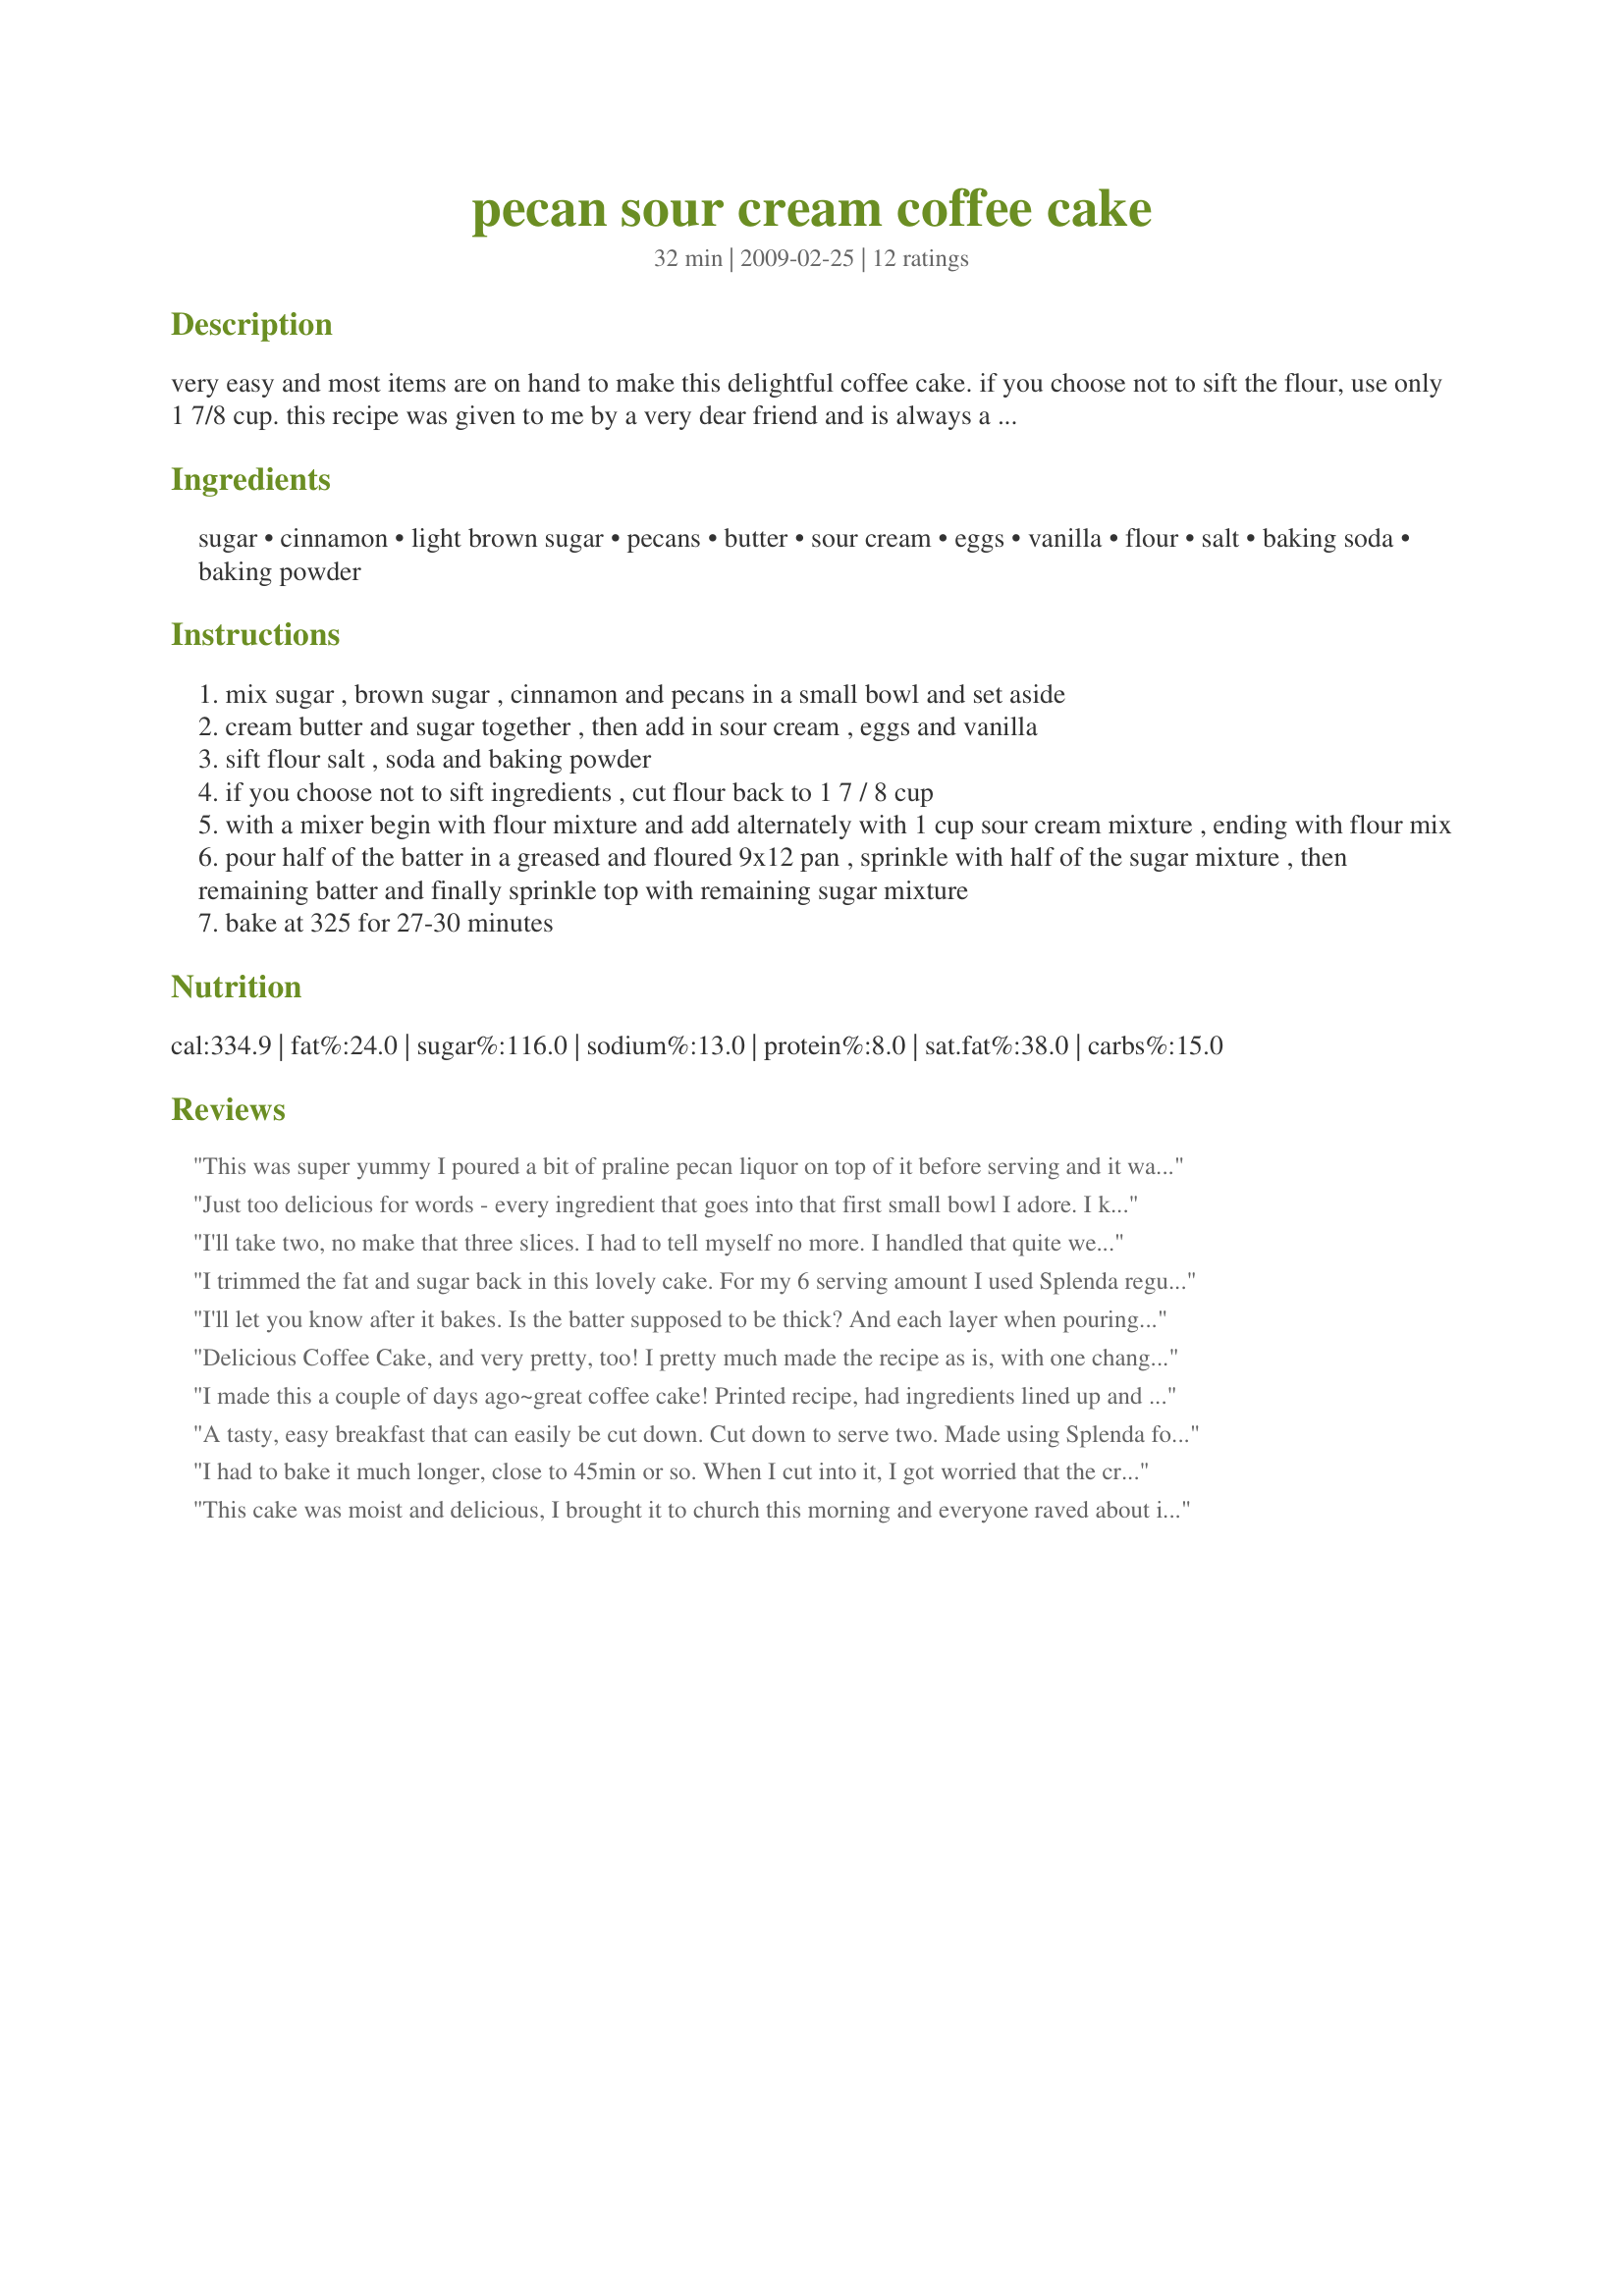
pecan sour cream coffee cake
Preparation time: 32 minutes

very easy and most items are on hand to make this delightful coffee cake. if you choose not to sift the flour, use only 1 7/8 cup. this recipe was given to me by a very dear friend and is always a big hit when shared.

Ingredients:
sugar, cinnamon, light brown sugar, pecans, butter, sour cream, eggs, vanilla, flour, salt, baking soda, baking powder

Steps:
mix sugar , brown sugar , cinnamon and pecans in a small bowl and set aside
cream butter and sugar together , then add in sour cream , eggs and vanilla
sift flour salt , soda and baking powder
if you choose not to sift ingredients , cut flour back to 1 7 / 8 cup
with a mixer begin with flour mixture and add alternately with 1 cup sour cream mixture , ending with flour mix
pour half of the batter in a greased and floured 9x12 pan , sprinkle with half of the sugar mixture , then remaining batter and finally sprinkle top with remaining sugar mixture
bake at 325 for 27-30 minutes

Reviews:
This was super yummy I poured a bit of praline pecan liquor on top of it before serving and it was amazing with or without the liquor. Super yummy :D
Just too delicious for words - every ingredient that goes into that first small bowl I adore. I kept to the recipe and the result is glorious !!
I'll take two, no make that three slices. I had to tell myself no more. I handled that quite well, right? Made for Best of 2010.
I trimmed the fat and sugar back in this lovely cake. For my 6 serving amount I used Splenda regular and 1 Tbsp of Splenda Brown for the topping mix with 1/4 cup of ground pecans. For the cake I used 2 Tbsp of a heart healthy fat margarine and 2 Tbsp of unsweetened applesauce with fat free sour cream, 1/4 cup of egg white and,of course. Splenda regular. This made a very well flavored cake that baked up beautifully and tastes rich even with my substitutions.
I'll let you know after it bakes. Is the batter supposed to be thick? And each layer when pouring...on the thin side? O used a 8&times;8in dish...
Delicious Coffee Cake, and very pretty, too! I pretty much made the recipe as is, with one change: I loved Annacia's photo so much with the ground pecans on top, that I made the topping mix without the pecans, and then set aside 1/3 cup coarsely chopped pecans, which I added in with the 1/2 topping I put in the middle, and 1/4 cup ground pecans, which I mixed in with the remaining 1/2 topping and sprinkled on the top. This gave me chunky pecans inside the cake, and a soft, powdery topping on top. This produced a gorgeous visual result - and I tend to shy away from baking with whole or chopped pecans on top of cakes, as I've found they might become overly dark. I did wish that there was more batter, though, as trying to spread it in the pan (I used 9x12), was difficult. So next time I make it, I think I would increase the recipe by 1/2, to make a higher cake. What a wonderful recipe - it will be absolutely perfect with coffee! Thanks, BakinBaby! Made for Everyday is a Holiday Tag.
I made this a couple of days ago~great coffee cake! Printed recipe, had ingredients lined up and realized I didn't have sour cream...digging thru the fridge I found cooked butternut squash, it was just the right amount. Added that in, a couple of shake of cinnamon in batter and followed the rest of the recipe. Result~yum! Plan on making it next week with sour cream.Thank you for sharing!
A tasty, easy breakfast that can easily be cut down. Cut down to serve two. Made using Splenda for baking and Splenda brown. Also used eggbeaters and fat free sour cream. Baked in a custard cup. Thanks for the post.
I had to bake it much longer, close to 45min or so. When I cut into it, I got worried that the crumb looked really dense, but surprisingly it was incredibly light and moist. My husband loved it and had 2 slices. I reduced the sugar in the batter since I had some sour cream frosting to top it with. For the batter, I substituted with dark brown sugar, and reduced it to 1/3 cup. The streusel center and frosting more than made up for sweetness, and it helped the flavour of the pecans and cinnamon to shine through.
This cake was moist and delicious, I brought it to church this morning and everyone raved about it! The only change I made was doubling the vanilla and increasing the cinnamon. I thought the directions were a little odd - I just added all the dry ingredients to the creamed ones, it worked fine. I baked it in a 8x12 pan and it needed a few more minutes to cook. One trick I've learned for cakes with streusel middles is when adding the top layer of batter is to spoon out small dollops of batter all over the middle streusel layer, then use an off set spatula to connect and smooth them together, this helps to avoid dragging the struesel off the layer below. My only quibble with this recipe is the stated 5 minute prep time, with chopping nuts, sifting flour and smoothing struesel this took at least 15 minutes to put together and I'm a frequent baker, begginner cooks should allow a bit more than that.
This is delicious! The texture is really nice, not too dense. It's not too sweet, just right. This one is a keeper. I will make often. Thanks!
The cake was delicious....moist and flavorful, but I found that the 9 x 12 pan recommended for the recipe was too big. I ended up using a loaf pan to bake the cake and cooked it for longer than the recipe called for.
